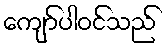
ကျော်ပါဝင်သည်